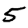
Digit: 5